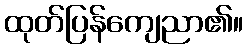
ထုတ်ပြန်ကျေညာ၏။